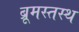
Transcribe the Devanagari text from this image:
ब्रूमस्तस्थ